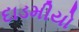
દાડમીયો